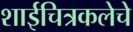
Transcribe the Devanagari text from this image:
शाईचित्रकलेचे